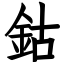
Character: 鈷